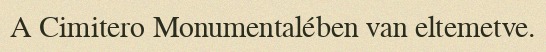
A Cimitero Monumentalében van eltemetve.